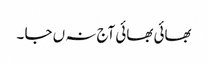
بھائی بھائی آج نہ ں جا ۔